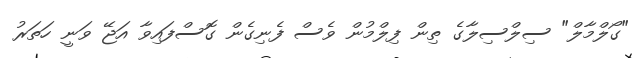
"ގޯލްމާލް" ސިލްސިލާގެ ތިން ފިލްމުން ވެސް ފެނިގެން ގޮސްފައިވާ އަޖޭ ވަނީ ހަތަރު